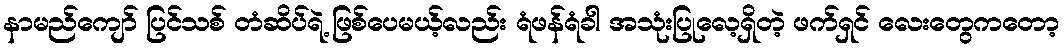
နာမည်ကျော် ပြင်သစ် တံဆိပ်ရဲ့ ဖြစ်ပေမယ့်လည်း ရံဖန်ရံခါ အသုံးပြုလေ့ရှိတဲ့ ဖက်ရှင် လေးတွေကတော့